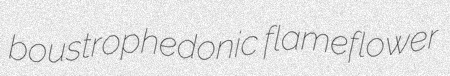
boustrophedonic flameflower